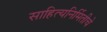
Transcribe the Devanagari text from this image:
साहित्यनिर्मितीचे